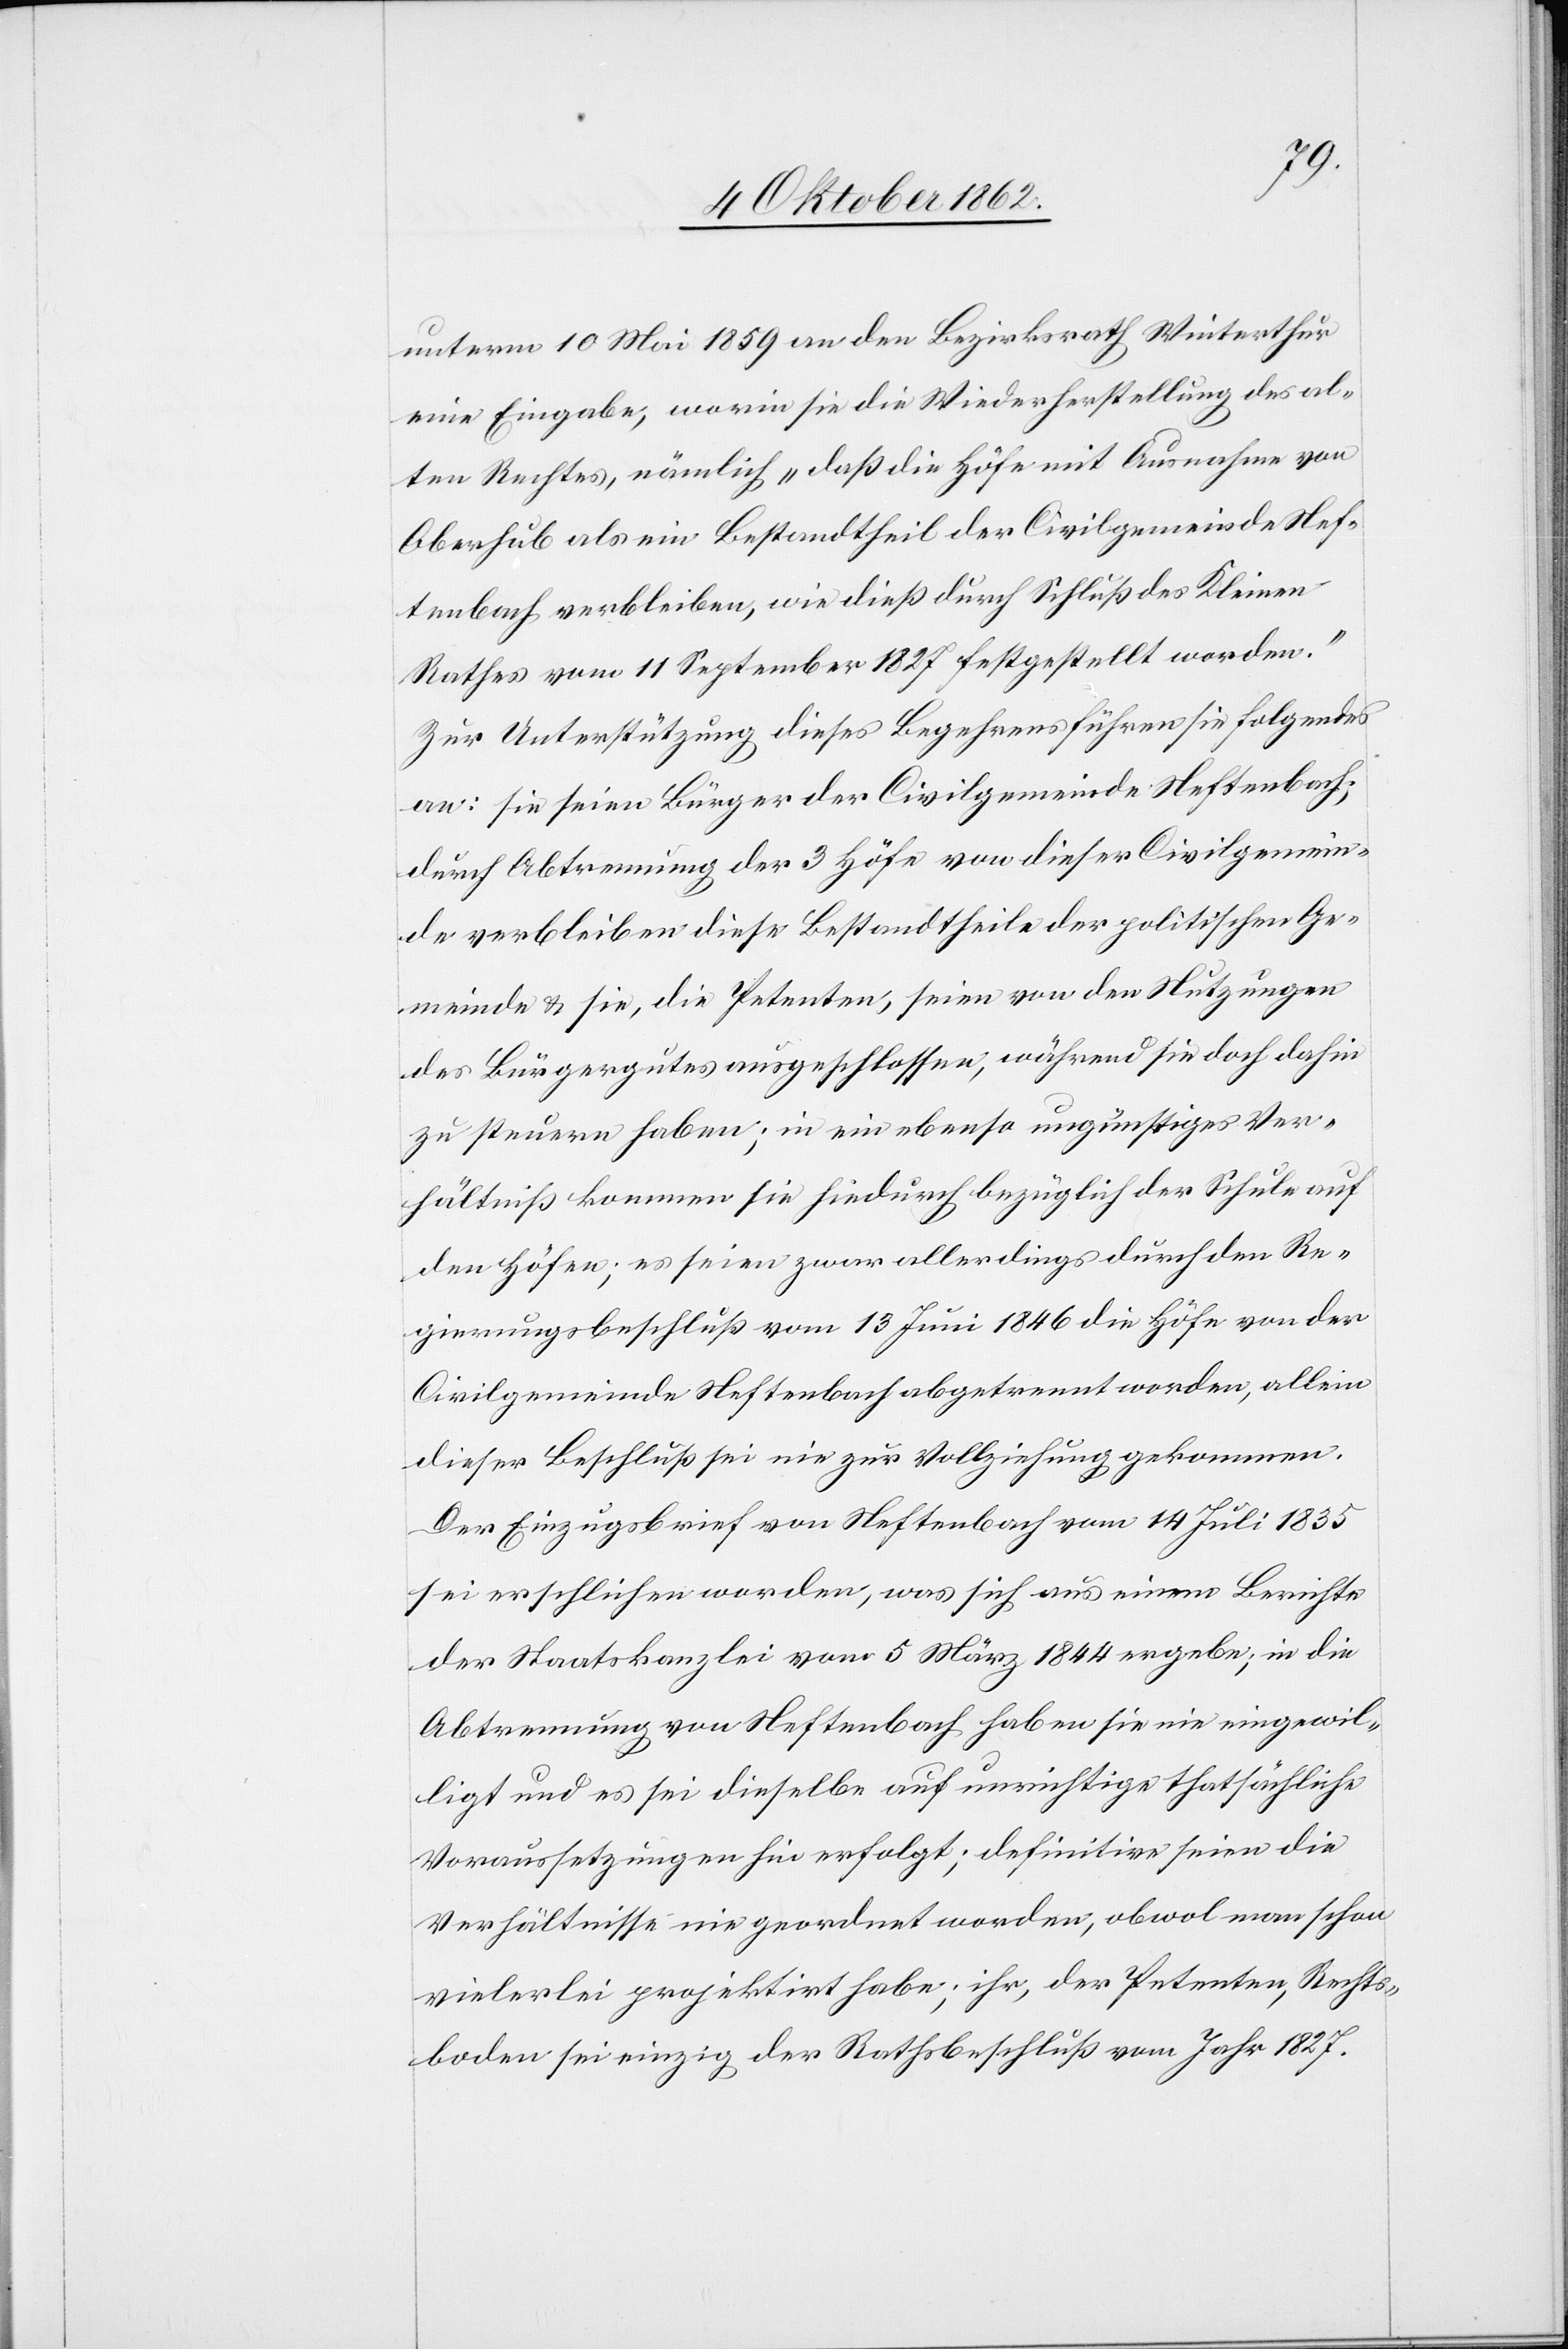
unterm 10. Mai 1859 an den Bezirksrath Winterthur
eine Eingabe, worin sie die Wiederherstellung des al¬
ten Rechtes, nämlich „daß die Höfe mit Ausnahme von
Oberhub als ein Betandtheil der Civilgemeinde Nef¬
tenbach verbleiben, wie dieß durch Schluß des kleinen
Rathes vom 11. September 1827 festgestellt worden.“
Zur Unterstützung dieses Begehrens führen sie folgendes
an: sie seien Bürger der Civilgemeinde Neftenbach;
durch Abtrennung der 3 Höfe von dieser Civilgemein¬
de verbleiben diese Bestandtheile der politischen Ge¬
meinde u. sie, die Petenten, seien von den Nutzungen
des Bürgergutes ausgeschlossen, während sie doch dahin
zu steuern haben; in ein ebenso ungünstiges Ver¬
hältniß kommen sie hiedurch bezüglich der Schule auf
den Höfen; es sein zwar allerdings durch den Re¬
gierungsbeschluß vom 13. Juni 1846 die Höfe von der
Civilgemeinde Neftenbach abgetrennt worden, allein
dieser Beschluß sei nie zur Vollziehung gekommen.
Der Einzugsbrief von Neftenbach vom 14. Juli 1835
sei erschlichen worden, was sich aus einem Berichte
der Staatskanzlei vom 5. März 1844 ergebe, in die
Abtrennung von Neftenbach haben sie nie eingewil¬
ligt und es sei dieselbe auf unrichtige thatsächliche
Voraussetzungen hin erfolgt; definitive seien die
Verhältnisse nie geordnet worden, obwol man schon
vielerlei projektirt habe; ihr, der Petenten, Rechts¬
boden sei einzig der Rathsbeschluß vom Jahr 1827.